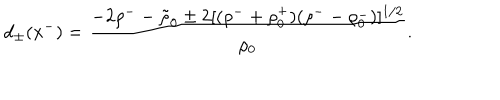
d _ { \pm } ( x ^ { - } ) = { \frac { - 2 \rho ^ { - } - \tilde { \rho } _ { 0 } \pm 2 [ ( \rho ^ { - } + \rho _ { 0 } ^ { + } ) ( \rho ^ { - } - \rho _ { 0 } ^ { - } ) ] ^ { 1 / 2 } } { \rho _ { 0 } } } .